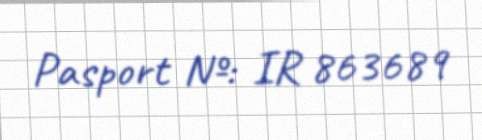
Pasport №: IR 863689